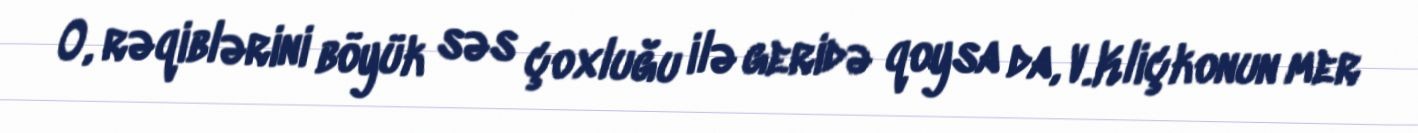
O, rəqiblərini böyük səs çoxluğu ilə geridə qoysa da, V.Kliçkonun mer